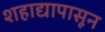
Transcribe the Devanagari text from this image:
शहाद्यापासून